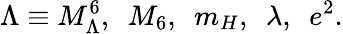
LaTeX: \Lambda\equiv M_{\Lambda}^{6},\, \, \, M_{6},\, \, \, m_{H},\, \, \, \lambda,\, \, \, e^{2}.